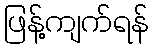
ဖြန့်ကျက်ရန်